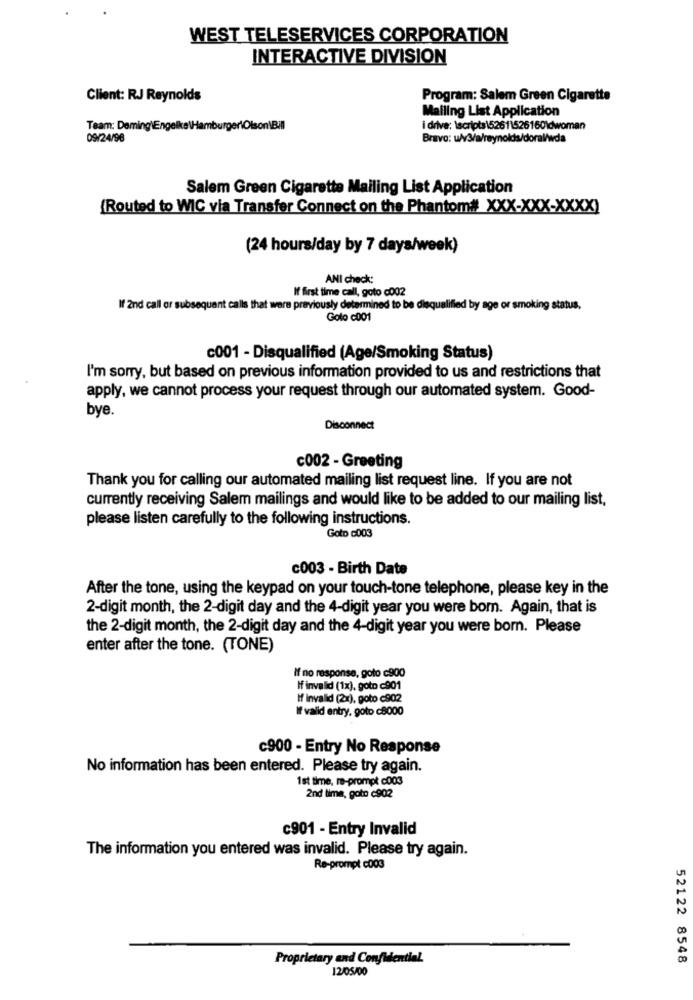
WEST TELESERVICES CORPORATION
INTERACTIVE DIVISION
Client: RJ Reynolds
Program: Salem Green Cigarette
Mailing List Application
Team: Deming\Engelke\Hamburger\Olson\Bill
i drive: \scripts152611526160\dwoman
09/24/96
Bravo: u/v3/a/reynolds/doral/wda
Salem Green Cigarette Mailing List Application
{Routed to WIC via Transfer Connect on the Phantom# XXX-XXX-XXXX)
(24 hours/day by 7 days/week)
ANI check:
If first time call, goto c002
If 2nd call or subsequent calls that were previously determined to be disqualified by age or smoking status.
Golo c001
c001 - Disqualified (Age/Smoking Status)
I'm sorry, but based on previous information provided to us and restrictions that
apply, we cannot process your request through our automated system. Good-
bye.
Disconnect
c002 - Greeting
Thank you for calling our automated mailing list request line. If you are not
currently receiving Salem mailings and would like to be added to our mailing list,
please listen carefully to the following instructions.
Goto 6003
c003 - Birth Date
After the tone, using the keypad on your touch-tone telephone, please key in the
2-digit month, the 2-digit day and the 4-digit year you were bom. Again, that is
the 2-digit month, the 2-digit day and the 4-digit year you were born. Please
enter after the tone. (TONE)
If no response, goto c900
If invalid (1x), goto c901
If invalid (2x), goto c902
If valid entry, goto c8000
c900 - Entry No Response
No information has been entered. Please try again.
1st time, re-prompt c003
2nd time, goto c902
c901 - Entry Invalid
The information you entered was invalid. Please try again.
Re-prompt c003
Proprietary and Confidential
52122 8548
12/05/00